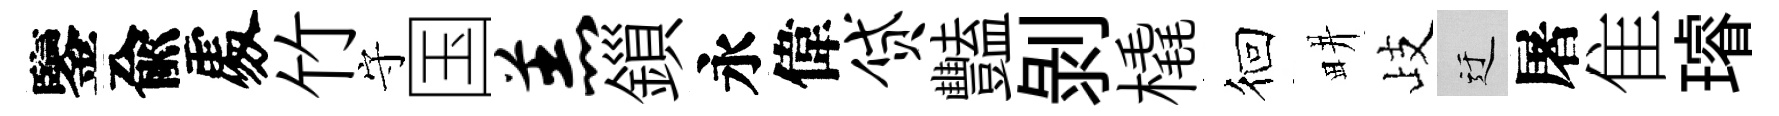
鑒兪𠁅竹守国羔鎻永偉贷豔剝橇徊畊歧迂屠隹璿